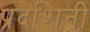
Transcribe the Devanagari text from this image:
प्रदशिनी